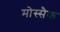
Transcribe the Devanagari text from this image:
मोस्सैक